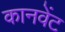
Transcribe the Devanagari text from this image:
कानवेंट